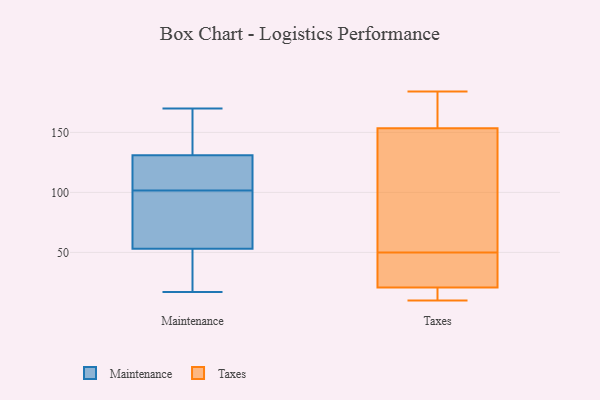
{"axis": {"x": "Budget (USD K)", "y": "Value"}, "legend": ["Maintenance", "Taxes"], "data": [{"x": "", "y": 114, "type": "Maintenance"}, {"x": "", "y": 41, "type": "Maintenance"}, {"x": "", "y": 110, "type": "Maintenance"}, {"x": "", "y": 137, "type": "Maintenance"}, {"x": "", "y": 153, "type": "Maintenance"}, {"x": "", "y": 131, "type": "Maintenance"}, {"x": "", "y": 53, "type": "Maintenance"}, {"x": "", "y": 170, "type": "Maintenance"}, {"x": "", "y": 160, "type": "Maintenance"}, {"x": "", "y": 112, "type": "Maintenance"}, {"x": "", "y": 67, "type": "Maintenance"}, {"x": "", "y": 106, "type": "Maintenance"}, {"x": "", "y": 79, "type": "Maintenance"}, {"x": "", "y": 17, "type": "Maintenance"}, {"x": "", "y": 47, "type": "Maintenance"}, {"x": "", "y": 43, "type": "Maintenance"}, {"x": "", "y": 74, "type": "Maintenance"}, {"x": "", "y": 97, "type": "Maintenance"}, {"x": "", "y": 42, "type": "Taxes"}, {"x": "", "y": 14, "type": "Taxes"}, {"x": "", "y": 10, "type": "Taxes"}, {"x": "", "y": 50, "type": "Taxes"}, {"x": "", "y": 12, "type": "Taxes"}, {"x": "", "y": 165, "type": "Taxes"}, {"x": "", "y": 152, "type": "Taxes"}, {"x": "", "y": 155, "type": "Taxes"}, {"x": "", "y": 26, "type": "Taxes"}, {"x": "", "y": 14, "type": "Taxes"}, {"x": "", "y": 34, "type": "Taxes"}, {"x": "", "y": 60, "type": "Taxes"}, {"x": "", "y": 44, "type": "Taxes"}, {"x": "", "y": 154, "type": "Taxes"}, {"x": "", "y": 19, "type": "Taxes"}, {"x": "", "y": 184, "type": "Taxes"}, {"x": "", "y": 61, "type": "Taxes"}, {"x": "", "y": 51, "type": "Taxes"}, {"x": "", "y": 154, "type": "Taxes"}]}